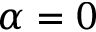
\alpha = 0